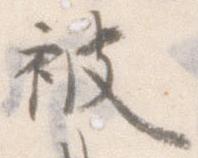
被